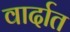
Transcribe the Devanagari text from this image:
वार्दात